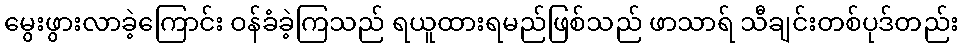
မွေးဖွားလာခဲ့ကြောင်း ဝန်ခံခဲ့ကြသည် ရယူထားရမည်ဖြစ်သည် ဖာသာရ် သီချင်းတစ်ပုဒ်တည်း